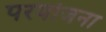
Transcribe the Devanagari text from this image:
परयोजना